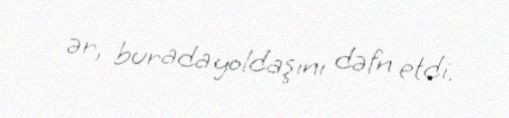
ər, burada yoldaşını dəfn etdi.